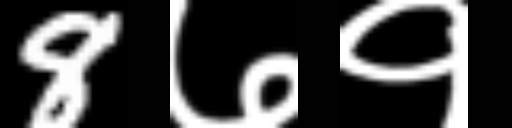
Text: 8७१